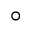
^ \circ